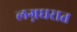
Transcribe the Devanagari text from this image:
लग्नघरात